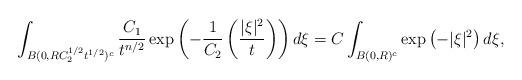
LaTeX: \begin{align*}\int_{B(0,RC_{2}^{1/2}t^{1/2})^{c}}\frac{C_{1}}{t^{n/2}}\exp\left(-\frac{1}{C_{2}}\left(\frac{\vert\xi\vert^{2}}{t}\right)\right)d\xi=C\int_{B(0,R)^{c}}\exp\left(-\vert\xi\vert^{2}\right)d\xi,\end{align*}